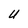
Character: u